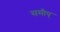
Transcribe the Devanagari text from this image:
समीप्